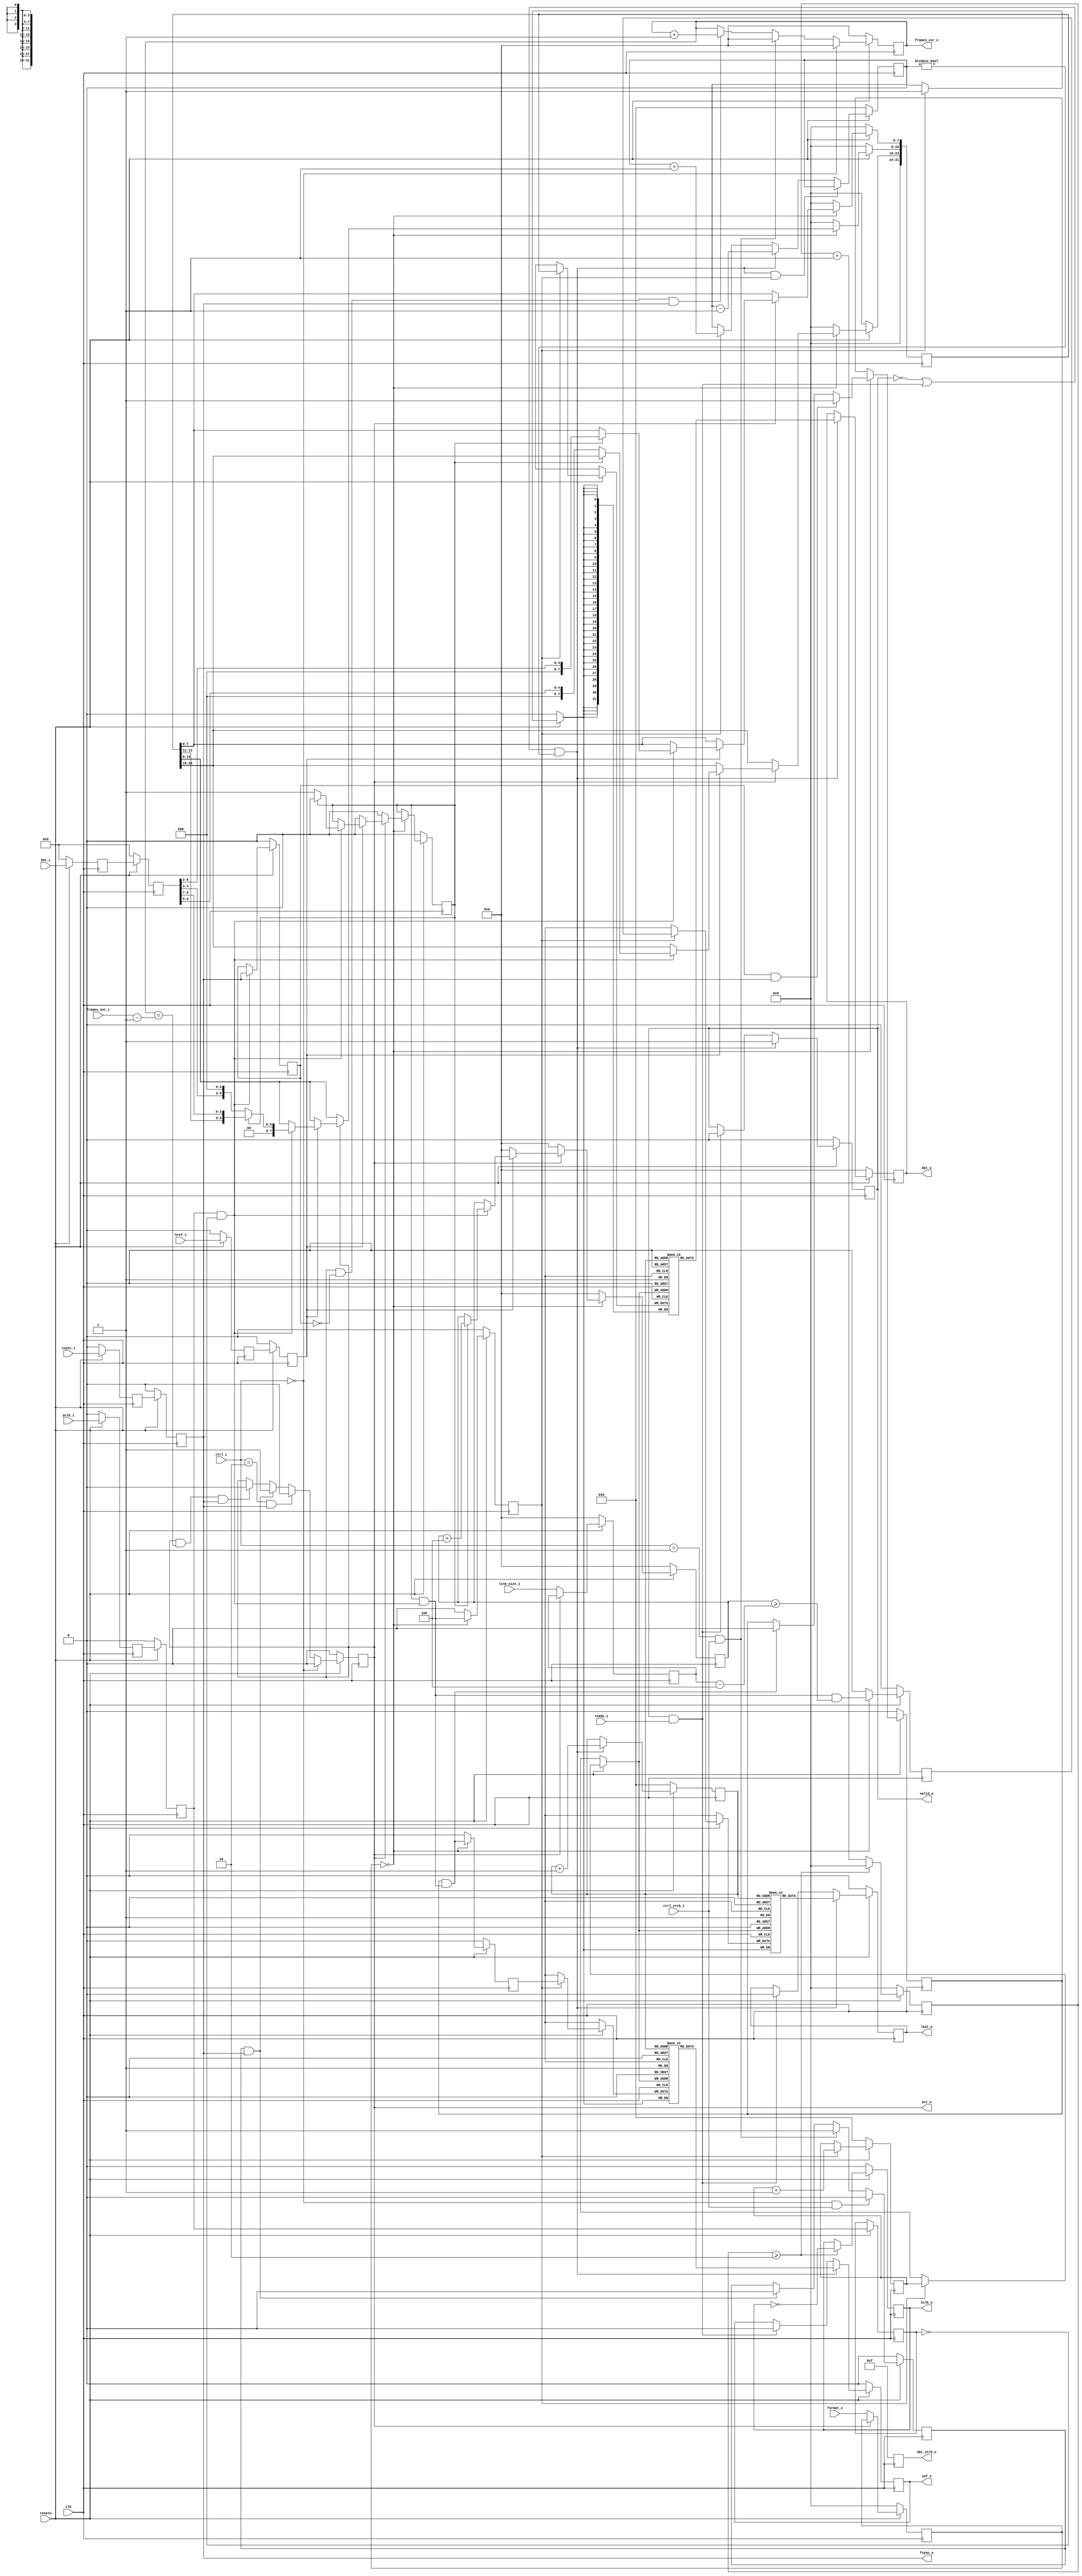
module OV9655_if#(
    parameter C_XCLK_DIV = 8'd3, // Half period of XCLK in "clk" count
    parameter C_DATA_WIDTH = 32 // Supported data width : 32, 64
    )(
    input   wire            clk,
    input   wire            resetn,

    input   wire    [1:0]   ctrl_i,
    input   wire            ctrl_strb_i,

    output  reg             act_o,
    input   wire    [7:0]   format_i,
    input   wire    [31:0]  frames_set_i,
    output  reg     [31:0]  frames_cur_o,
    input   wire    [31:0]  line_size_i,

    input   wire            pclk_i,
    input   wire    [9:0]   dat_i,
    input   wire            href_i,
    input   wire            vsync_i,
    output  reg             xclk_o,

    output  wire            fsync_o,
    output  reg             sof_o,

    output  reg     [C_DATA_WIDTH-1:0]  dat_o,
    output  reg     [C_DATA_WIDTH/8-1:0]   dat_strb_o,
    output  reg             valid_o,
    output  reg             last_o,
    input   wire            ready_i
    );

//-----------------------------------------------------------------------------
    // Synchronizer
    (* ASYNC_REG = "TRUE" *) reg             pclk_s1, pclk_s2;
    reg             pclk_s3;
    (* ASYNC_REG = "TRUE" *) reg     [9:0]   dat_s1, dat_s2;
    (* ASYNC_REG = "TRUE" *) reg             vsync_s1, vsync_s2;
    (* ASYNC_REG = "TRUE" *) reg             href_s1, href_s2;

    always @ (posedge clk) begin
        if(resetn == 1'b0) begin
            pclk_s1     <= 1'b0;
            pclk_s2     <= 2'b0;
            dat_s1      <= 10'd0;
            dat_s2      <= 10'd0;
            vsync_s1    <= 1'b0;
            vsync_s2    <= 1'b0;
            href_s1     <= 1'b0;
            href_s2     <= 1'b0;
        end
        else begin
            pclk_s1     <= pclk_i;
            pclk_s2     <= pclk_s1;
            pclk_s3     <= pclk_s2;
            dat_s1      <= dat_i;
            dat_s2      <= dat_s1;
            vsync_s1    <= vsync_i;
            vsync_s2    <= vsync_s1;
            href_s1     <= href_i;
            href_s2     <= href_s1;
        end
    end

    wire pclk_rise = pclk_s2 & (~pclk_s3);
    wire dat_valid = pclk_rise & href_s2;

    assign fsync_o = vsync_s2;

//-----------------------------------------------------------------------------
    reg     [7:0]   xclk_cnt;

    always @(posedge clk) begin
        if(resetn == 1'b0) begin
            xclk_cnt    <= 8'd0;
            xclk_o      <= 1'b0;
        end
        else begin
            if(xclk_cnt >= C_XCLK_DIV - 8'd1) begin
                xclk_cnt    <= 8'd0;
                xclk_o      <= ~xclk_o;
            end
            else
                xclk_cnt    <= xclk_cnt + 8'd1;
        end
    end
//-----------------------------------------------------------------------------

    localparam  C_DATA_WORDS = C_DATA_WIDTH / 32;

    reg             act_ready;
    reg     [7:0]   format_reg;
    reg     [31:0]  line_size_reg;
    reg     [31:0]  size_tmp;
    reg             vsync_d;
    reg             byte_pos;

    reg     [31:0]  dat_int;
    reg             valid_int;
    reg             last_int;
    reg             sof_ready;
    reg             sof_int;

    wire dat_valid_fmt0 = (byte_pos == 1'b1) && pclk_rise;

    always @(posedge clk) begin
        if (resetn == 1'b0) begin
            act_o       <= 1'b0;
            act_ready   <= 1'b0;

            frames_cur_o    <= 32'd0;

            format_reg  <= 8'd0;
            line_size_reg  <= 32'd0;

            vsync_d     <= 1'b0;

            dat_int     <= 32'd0;
            byte_pos    <= 1'b0;
            valid_int   <= 1'b0;
            size_tmp    <= 32'd0;
            last_int    <= 1'b0;

            sof_ready   <= 1'b0;
            sof_int     <= 1'b0;
        end else begin
            act_ready   <=
                (ctrl_i == 2'b0) && ctrl_strb_i ? 1'b0 :
                (ctrl_i == 2'b1) && ctrl_strb_i ? 1'b1 :
                act_ready && vsync_s2           ? 1'b0 : act_ready;

            act_o   <=
                (ctrl_i == 2'b0)                ? 1'b0 :
                (ctrl_i == 2'd2) && vsync_s2    ? 1'b0 :
                act_ready && vsync_s2           ? 1'b1 :
                act_o && (frames_cur_o == frames_set_i - 32'd1) && vsync_s2
                                                ? 1'b0 : act_o;

            if(pclk_rise)   vsync_d <= vsync_s2;

            frames_cur_o    <=
                (ctrl_i == 2'b0)                    ? 32'd0 :
                (ctrl_i == 2'b1) && ctrl_strb_i     ? 32'd0 :
                act_o && (!vsync_d) && vsync_s2     ? frames_cur_o + 32'd1 :
                                                    frames_cur_o;

            if(!act_o) begin
                format_reg      <= format_i;
                line_size_reg  <= line_size_i;
            end

            case(format_reg)
            8'd0 : begin
                dat_int[31 : 24] <= 8'd0;

                if(!act_o) begin
                    size_tmp    <= 32'd0;
                    byte_pos    <= 1'b0;
                end
                else if(!href_s2) begin
                    size_tmp    <= 32'd0;
                    byte_pos    <= 1'b0;
                end
                else if(pclk_rise) begin
                    if(byte_pos == 1'b0) begin
                        dat_int[23:16]  <=  {3'd0, dat_s2[9:5]};        // R
                        dat_int[15:8]   <=  {2'd0, dat_s2[4:2], 3'd0};  // G
                        byte_pos        <= 1'b1;
                    end
                    else if(byte_pos == 1'b1) begin
                        dat_int[15:8]   <=  {2'd0, dat_int[13:11], dat_s2[9:7]};  //G
                        dat_int[7:0]    <=  {3'd0, dat_s2[6:2]};        // B
                        byte_pos        <= 1'b0;
                        size_tmp        <= size_tmp + 32'd4;
                    end
                end
                valid_int   <= dat_valid_fmt0;
                last_int    <= dat_valid_fmt0
                                && (size_tmp >= line_size_reg - 32'd4);
                sof_ready   <=
                    vsync_d && vsync_s2             ? 1'b1 :
                    sof_ready && dat_valid_fmt0     ? 1'b0 :
                    sof_ready;
                sof_int     <= sof_ready && dat_valid_fmt0;

            end
            default : begin
                dat_int         <= 64'd0;
                valid_int       <= 1'b0;
                size_tmp        <= 32'd0;
                last_int        <= 1'b0;
                sof_int         <= 1'b0;
            end
            endcase


        end

    end


    //-----------------------------------------------------------------------------

    // function called clogb2 that returns an integer which has the
	// value of the ceiling of the log base 2.
	function integer clogb2 (input integer bit_depth);
	  begin
	    for(clogb2=0; bit_depth>0; clogb2=clogb2+1)
	      bit_depth = bit_depth >> 1;
	  end
	endfunction


    localparam  BUF_DEPTH = 16;
    localparam  BUF_P_WIDTH = clogb2(BUF_DEPTH-1);
    reg    [31 : 0]     buf_dat [0 : BUF_DEPTH - 1];
    reg    [0 : 0]      buf_last [0 : BUF_DEPTH - 1];
    reg    [0 : 0]      buf_sof [0 : BUF_DEPTH - 1];

    reg    [BUF_P_WIDTH - 1 : 0]    p_wr, p_rd;
    reg    [BUF_P_WIDTH - 1 : 0]    n_buf;

    reg     [7:0]   dat_o_word_cnt;

    wire ack = valid_o && ready_i;
    wire rden = (((!valid_o) || ack) && (n_buf != 8'd0));

    always @(posedge clk) begin
        if (resetn == 1'b0) begin
            p_wr        <= 'd0;
            p_rd        <= 'd0;
            n_buf       <= 'd0;
        end
        else begin

            n_buf <=
                rden && valid_int   ? n_buf :
                rden                ? n_buf - 8'd1 :
                valid_int           ? n_buf + 8'd1 : n_buf;

            p_rd        <= rden         ? p_rd + 8'd1 : p_rd;

            if(valid_int) begin
                p_wr            <= p_wr + 8'd1;
                buf_dat[p_wr]   <= dat_int;
                buf_last[p_wr]  <= last_int;
                buf_sof[p_wr]   <= sof_int;
            end

        end
    end

    generate
    begin
        if(C_DATA_WIDTH == 32) begin
            always @(posedge clk) begin
                if(resetn == 1'b0) begin
                    valid_o         <= 1'b0;
                    dat_o           <= 32'd0;
                    last_o          <= 1'b0;
                    dat_o_word_cnt  <= 8'd0;
                    dat_strb_o  <= 4'hF;
                    sof_o       <= 1'b0;
                end
                else begin
                    if(rden) begin
                        dat_o   <= buf_dat[p_rd];
                        last_o  <= buf_last[p_rd];
                        sof_o   <= buf_sof[p_rd];
                        valid_o     <= 1'b1;
                    end
                    else if(ack) begin
                        sof_o   <= 1'b0;
                        valid_o   <= 1'b0;
                        last_o  <= 1'b0;
                    end
                    dat_strb_o  <= 4'hF;
                end
            end
        end
        else if(C_DATA_WIDTH == 64) begin
            reg sof0;

            always @(posedge clk) begin
                if(resetn == 1'b0) begin
                    valid_o         <= 1'b0;
                    dat_o           <= 64'd0;
                    last_o          <= 1'b0;
                    dat_o_word_cnt  <= 8'd0;
                    dat_strb_o  <= 8'hFF;
                    sof0        <= 1'b0;
                    sof_o       <= 1'b0;
                end
                else begin
                    if(rden) begin
                        dat_o_word_cnt[0] <= ~dat_o_word_cnt[0];
                        if(dat_o_word_cnt == 8'd0) begin
                            dat_o[31:0] <= buf_dat[p_rd];
                            sof0        <= buf_sof[p_rd];
                            last_o      <= 1'b0;
                            sof_o       <= 1'b0;
                            valid_o     <= 1'b0;
                        end
                        else if(dat_o_word_cnt == 8'd1) begin
                            dat_o[63:32]    <= buf_dat[p_rd];
                            sof_o           <= sof0;
                            last_o          <= buf_last[p_rd];
                            valid_o         <= 1'b1;
                        end
                    end
                    else if(ack) begin
                        sof_o       <= 1'b0;
                        last_o      <= 1'b0;
                        valid_o     <= 1'b0;
                    end

                end
            end

        end
        else begin
            always @(posedge clk) begin
                    dat_o           <= 'd0;
                    last_o          <= 1'b0;
                    sof_o           <= 1'b0;
                    dat_o_word_cnt  <= 8'd0;
                    dat_strb_o      <= 8'hFF;
                    $display("OV9655_capture :: Unsupported Data width");
            end
        end

    end
    endgenerate


endmodule